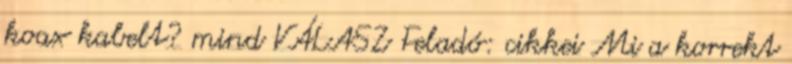
koax kabelt? mind VÁLASZ Feladó: cikkei Mi a korrekt